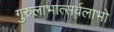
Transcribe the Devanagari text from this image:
गुरुलाभात्सर्वलाभो